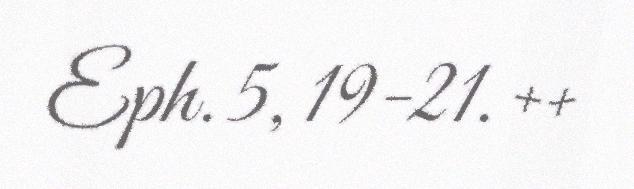
Eph. 5, 19-21. ++